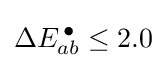
\Delta E_{ab}^{\,\bullet }\leq 2.0